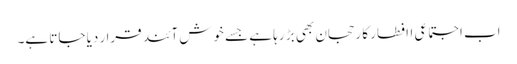
اب اجتماعی اافطار کا رحجان بھی بڑ رہا ہے جسے خوش آئند قرا ر دیا جاتا ہے۔